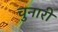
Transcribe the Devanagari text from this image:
चुनारी